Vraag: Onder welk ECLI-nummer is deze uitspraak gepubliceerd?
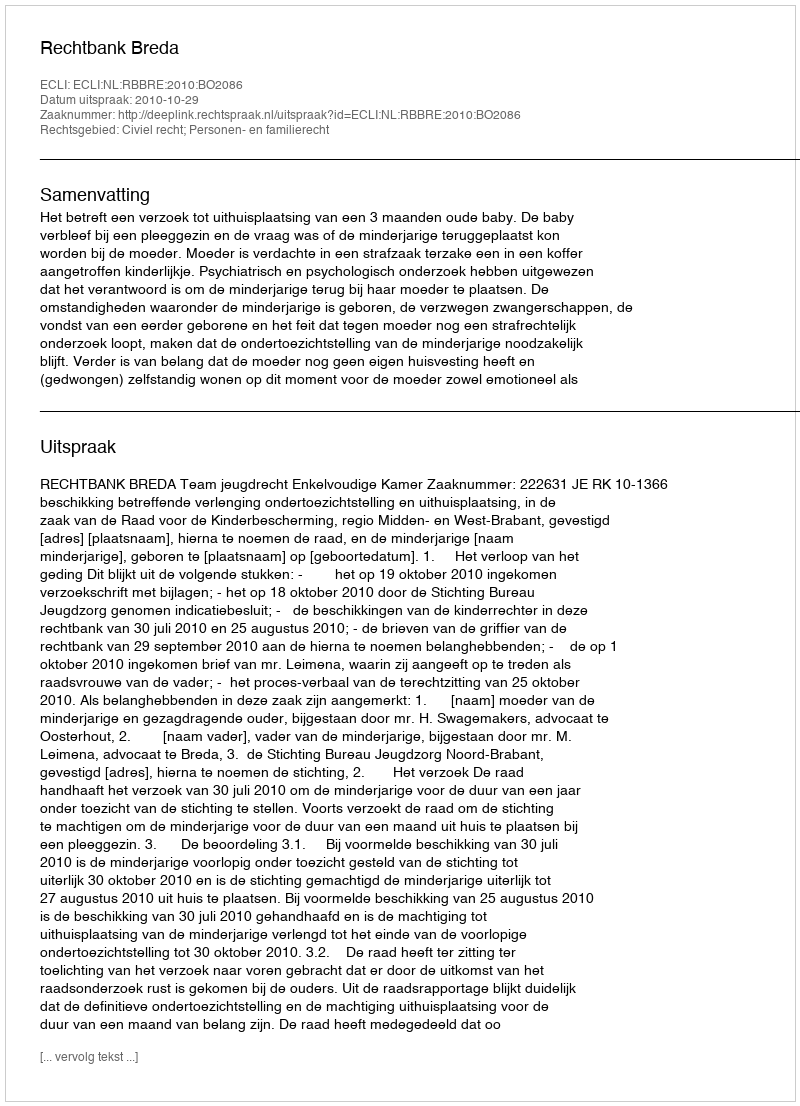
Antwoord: ECLI:NL:RBBRE:2010:BO2086